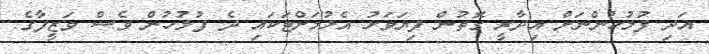
އަދި ފުލުހުންނަށް އިދާރީ ގޮތުން ފިޔަވަޅު އެޅުމަށްޓަކައި ދެ ފުލުހުން ވެސް ވަަޒީފާގެ